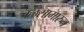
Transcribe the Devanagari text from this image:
वळसामारुन